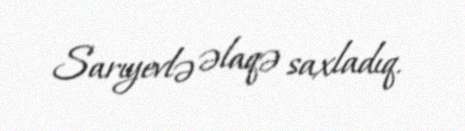
Sarıyevlə əlaqə saxladıq.